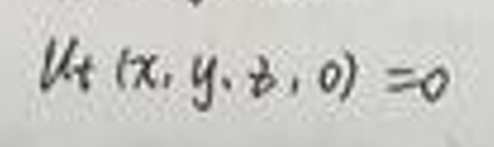
\[ u_t(x,y,z,0) = 0 \]